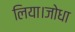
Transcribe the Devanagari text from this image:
लिया।जोधा